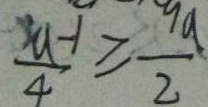
\frac { a - 1 } { 4 } \geq \frac { 9 a } { 2 }